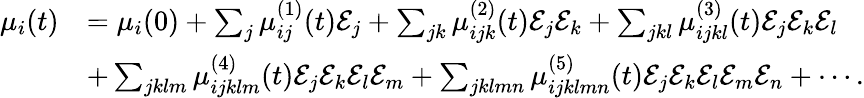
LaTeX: \begin{array}{rl}{\mu_{i}(t)}&{=\mu_{i}(0)+\sum_{j}\mu_{ij}^{(1)}(t)\mathcal{E}_{j}+\sum_{jk}\mu_{ijk}^{(2)}(t)\mathcal{E}_{j}\mathcal{E}_{k}+\sum_{jkl}\mu_{ijkl}^{(3)}(t)\mathcal{E}_{j}\mathcal{E}_{k}\mathcal{E}_{l}}\\ &{+\sum_{jklm}\mu_{ijklm}^{(4)}(t)\mathcal{E}_{j}\mathcal{E}_{k}\mathcal{E}_{l}\mathcal{E}_{m}+\sum_{jklmn}\mu_{ijklmn}^{(5)}(t)\mathcal{E}_{j}\mathcal{E}_{k}\mathcal{E}_{l}\mathcal{E}_{m}\mathcal{E}_{n}+\cdots.}\end{array}